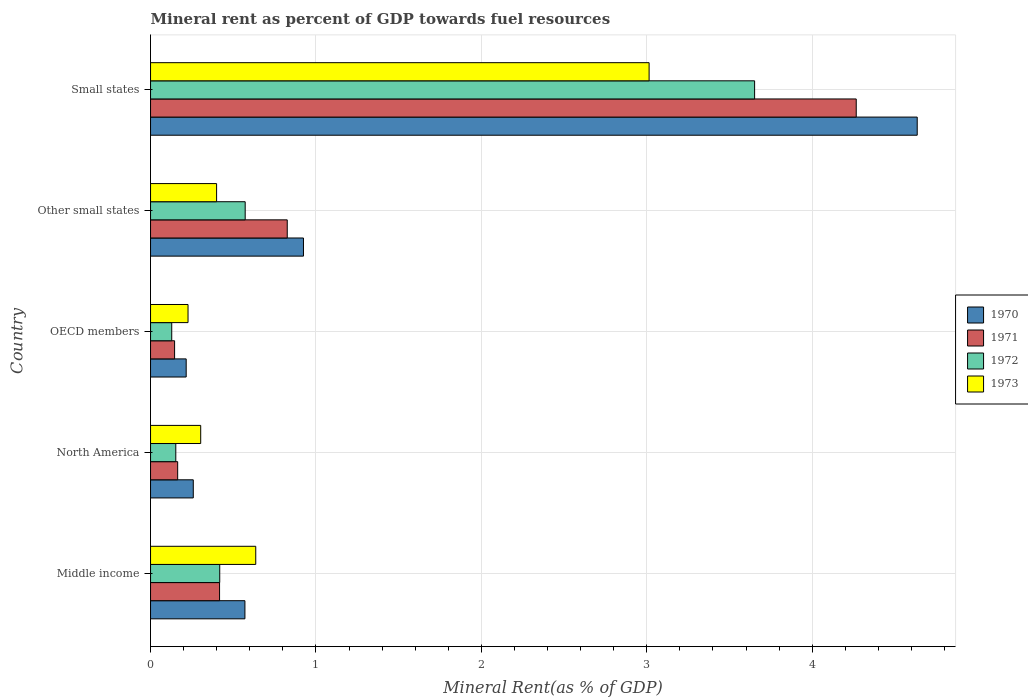
| Country | 1970 | 1971 | 1972 | 1973 |
 | --- | --- | --- | --- | --- |
 | Middle income | 0.571 | 0.417 | 0.418 | 0.636 |
 | North America | 0.258 | 0.164 | 0.153 | 0.303 |
 | OECD members | 0.216 | 0.145 | 0.128 | 0.227 |
 | Other small states | 0.924 | 0.826 | 0.572 | 0.399 |
 | Small states | 4.63 | 4.27 | 3.65 | 3.01 |